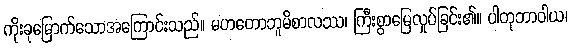
ကိုးခုမြောက်သောအကြောင်းသည်။ မဟတောဘူမိစာလဿ၊ ကြီးစွာမြေလှုပ်ခြင်း၏။ ပါတုဘာဝါယ၊